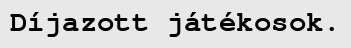
Díjazott játékosok.